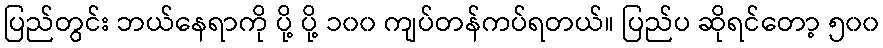
ပြည်တွင်း ဘယ်နေရာကို ပို့ ပို့ ၁၀၀ ကျပ်တန်ကပ်ရတယ်။ ပြည်ပ ဆိုရင်တော့ ၅၀၀